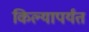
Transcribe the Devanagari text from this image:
किल्यापर्यंत